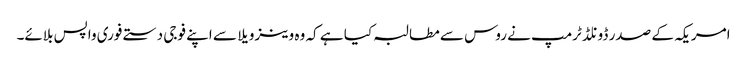
امریکہ کے صدر ڈونلڈ ٹرمپ نے روس سے مطالبہ کیا ہے کہ وہ وینزویلا سے اپنے فوجی دستے فوری واپس بلائے۔